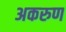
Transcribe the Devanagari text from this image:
अकरुण